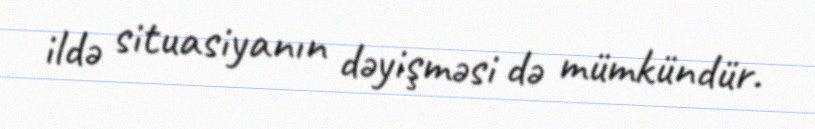
ildə situasiyanın dəyişməsi də mümkündür.